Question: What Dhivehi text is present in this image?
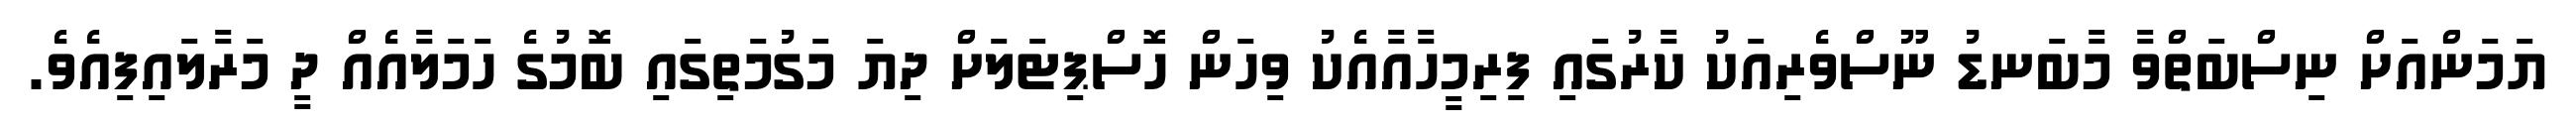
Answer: ޔަމަންއަށް ނިސްބަތްވާ މާބަނޑު ނޫސްވެރިއަކު ކާރުގައި ފިރިމީހާއާއެކު ވިހަން ހޮސްޕިޓަލަށް ދިޔަ މަގުމަތިގައި ބޮމުގެ ހަމަލާއެއް ދީ މަރާލައިފިއެވެ.